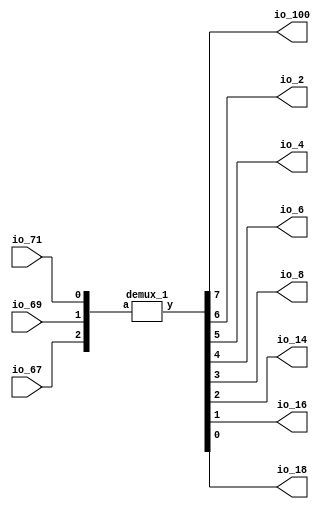

module top
(
    input  io_67, io_69, io_71,
    output io_100, io_2, io_4, io_6, io_8, io_14, io_16, io_18
);
    // input signals
    wire [2:0] a = { io_67, io_69, io_71 };

    // connecting demux output with top module ports
    wire [7:0] y;
    assign { io_100, io_2, io_4, io_6, io_8, io_14, io_16, io_18 } = y;

    // demux
    demux_1 demux (a, y);

endmodule

module demux_1
(
    input      [2:0] a,
    output reg [7:0] y
);
    always @(*) begin
        case(a)
            3'b000 : y = 8'b00000001;
            3'b001 : y = 8'b00000010;
            3'b010 : y = 8'b00000100;
            3'b011 : y = 8'b00001000;
            3'b100 : y = 8'b00010000;
            3'b101 : y = 8'b00100000;
            3'b110 : y = 8'b01000000;
            3'b111 : y = 8'b10000000;
        endcase
    end

endmodule

module demux_2
(
    input      [2:0] a,
    output reg [7:0] y
);
    always @(*) begin
        y = ( 1 << a );
    end

endmodule

module demux_3
(
    input  [2:0] a,
    output [7:0] y
);
    assign y = ( 1 << a );

endmodule